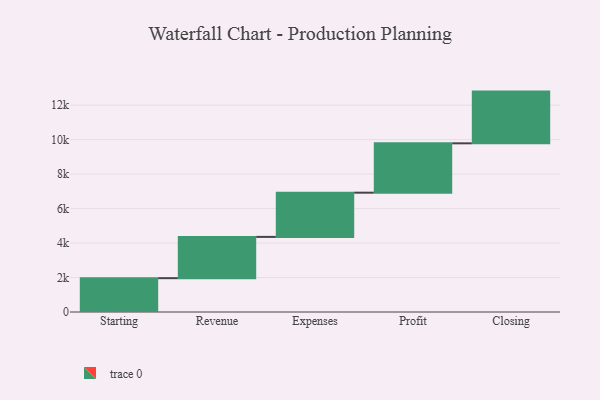
{"axis": {"x": "Step", "y": "Value"}, "legend": [""], "data": [{"x": "Starting", "y": 1962.0, "type": ""}, {"x": "Revenue", "y": 2394.0, "type": ""}, {"x": "Expenses", "y": 2565.0, "type": ""}, {"x": "Profit", "y": 2863.0, "type": ""}, {"x": "Closing", "y": 3000, "type": ""}]}